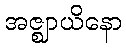
အဇ္ဈာယိနော